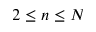
2 \le n \le N